Vaccination North-Western Provinces and Oudh 1878-1895 - 1878-1895
Year: 1878
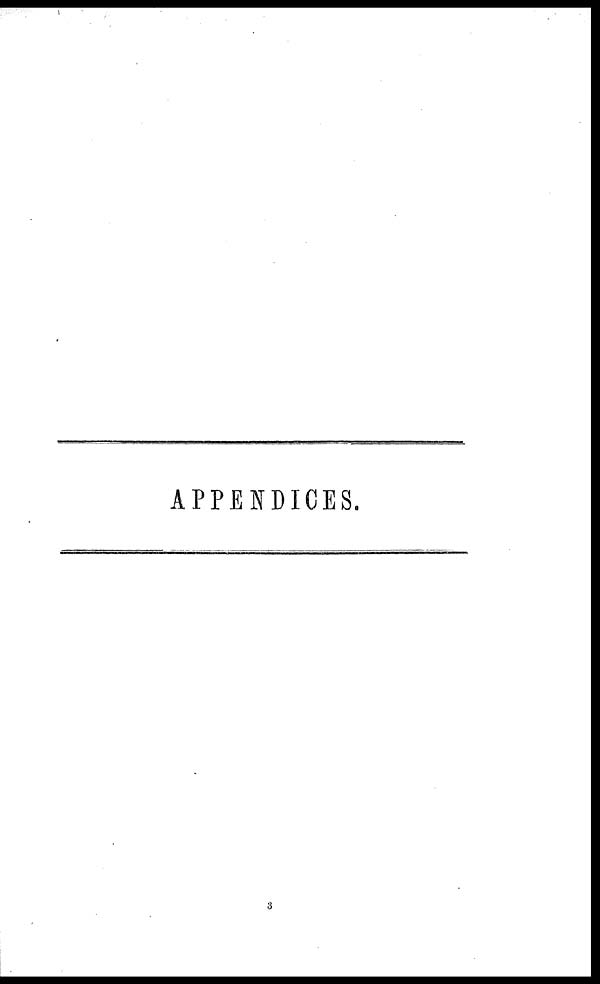
APPENDICES.